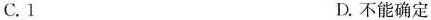
C.1 D.不能确定